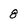
Character: 8